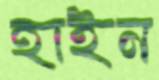
হাইন